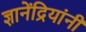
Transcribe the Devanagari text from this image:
ज्ञानेंद्रियांनी